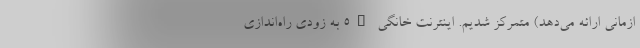
ازمانی ارائه می‌دهد) متمرکز شدیم. اینترنت خانگی ۵G به زودی راه‌اندازی